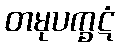
တမုပက္ခဋံ